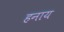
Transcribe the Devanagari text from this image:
हनाय